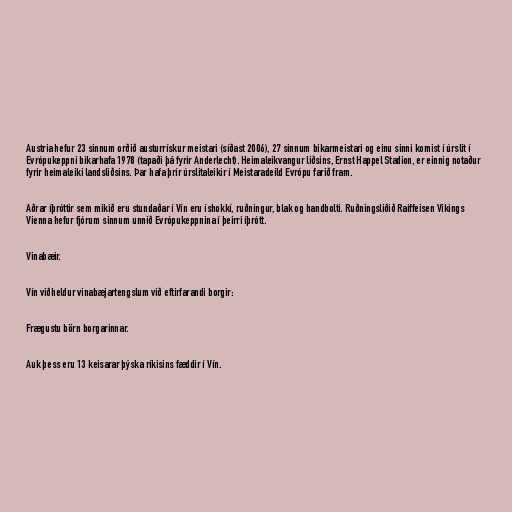
Austria hefur 23 sinnum orðið austurrískur meistari (síðast 2006), 27 sinnum bikarmeistari og einu sinni komist í úrslit í
Evrópukeppni bikarhafa 1978 (tapaði þá fyrir Anderlecht). Heimaleikvangur liðsins, Ernst Happel Stadion, er einnig notaður
fyrir heimaleiki landsliðsins. Þar hafa þrír úrslitaleikir í Meistaradeild Evrópu farið fram.

Aðrar íþróttir sem mikið eru stundaðar í Vín eru íshokkí, ruðningur, blak og handbolti. Ruðningsliðið Raiffeisen Vikings
Vienna hefur fjórum sinnum unnið Evrópukeppnina í þeirri íþrótt.

Vinabæir.

Vín viðheldur vinabæjartengslum við eftirfarandi borgir:

Frægustu börn borgarinnar.

Auk þess eru 13 keisarar þýska ríkisins fæddir í Vín.